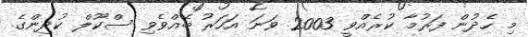
މި ހެދުން ފަރުމާ ކުރެއްވީ 2003 ވަނަ އަހަރު ބޭއްވެވި ސްކޫލް ކުދިންގެ